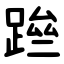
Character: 䠁